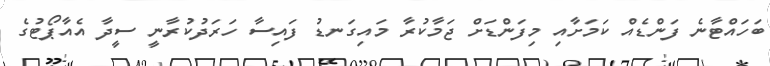
ބަހައްޓާނެ ފަންޑެއް ކަމަށާއި މިފަންޑަށް ޖަމާކުރާ މައިގަނޑު ފައިސާ ހަރަދުކުރާނީ ސީދާ އެއާޕޯޓުގެ